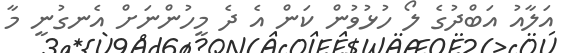
އަލާއު އަބްދުގެ ލޯ ހުޅުވުން ކަން އެ ދެ މީހުންނަށް އެނގުނީ މާ